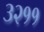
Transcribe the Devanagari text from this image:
३२११